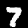
Digit: 7